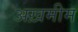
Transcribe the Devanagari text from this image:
अख़मीम